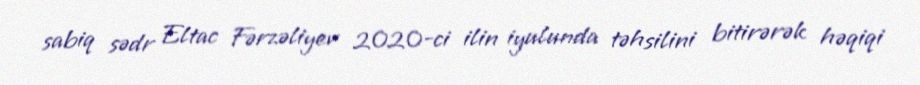
sabiq sədr Eltac Fərzəliyev 2020-ci ilin iyulunda təhsilini bitirərək həqiqi